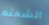
الشحنه